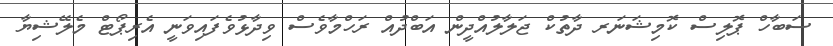
ސަބާހް ޕޮލިސް ކޮމިޝަނަރ ދާތުކް ޖަލާލުއްދީން އަބްދުއް ރަހްމާވެސް ވިދާޅުވެފައިވަނީ އެރިޕޯޓް މެލޭޝިޔާ